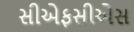
સીએફસીએસ